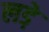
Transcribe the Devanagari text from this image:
लडे़